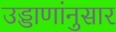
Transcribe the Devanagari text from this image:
उड्डाणांनुसार